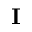
\mathbf { I }